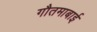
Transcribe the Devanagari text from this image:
गौतमाबाई